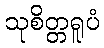
သုစိတ္တရူပံ